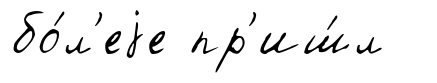
бо́л'еjе пр'иш́л